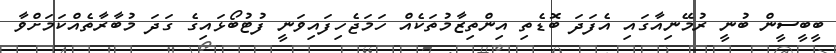
ބީބީސީން ބުނީ ރުމޭނިއާގައި އެފަދަ ބޮޑެތި އިންތިޒާމުތަކެއް ހަމަޖެހިފައިވަނީ ފުޓުބޯޅައިގެ ގަދަ މުބާރާތެއްކަމަށްވާ